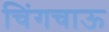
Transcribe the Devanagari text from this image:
चिंगचाऊ